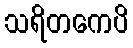
သရိတကေပိ